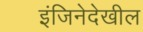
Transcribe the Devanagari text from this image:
इंजिनेदेखील